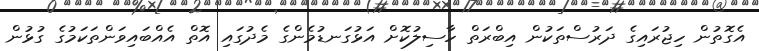
އެގޮތުން ހިޖުރައިގެ ދަރުސްތަކުން އިބްރަތް ހާސިލުކޮށް އަޅުގަނޑުމެންގެ މެދުގައި އޮތް އެއްބައިވަންތަކަމުގެ ގުޅުން